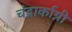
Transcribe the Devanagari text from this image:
चंद्रार्काग्नी